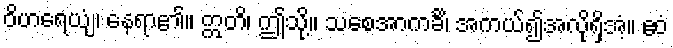
ဝိဟရေယျံ၊ နေရာ၏။ ဣတိ၊ ဤသို့။ သစေအာကင်္ခိ၊ အကယ်၍အလိုရှိအံ့။ ဧဝံ